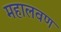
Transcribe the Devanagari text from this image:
महालवण